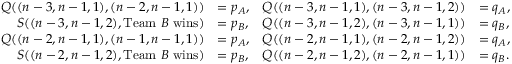
\begin{array} { r l r l } { Q ( ( n - 3 , n - 1 , 1 ) , ( n - 2 , n - 1 , 1 ) ) } & { = p _ { A } , } & { Q ( ( n - 3 , n - 1 , 1 ) , ( n - 3 , n - 1 , 2 ) ) } & { = q _ { A } , } \\ { S ( ( n - 3 , n - 1 , 2 ) , \mathrm { T e a m ~ } B \mathrm { ~ w i n s } ) } & { = p _ { B } , } & { Q ( ( n - 3 , n - 1 , 2 ) , ( n - 3 , n - 1 , 1 ) ) } & { = q _ { B } , } \\ { Q ( ( n - 2 , n - 1 , 1 ) , ( n - 1 , n - 1 , 1 ) ) } & { = p _ { A } , } & { Q ( ( n - 2 , n - 1 , 1 ) , ( n - 2 , n - 1 , 2 ) ) } & { = q _ { A } , } \\ { S ( ( n - 2 , n - 1 , 2 ) , \mathrm { T e a m ~ } B \mathrm { ~ w i n s } ) } & { = p _ { B } , } & { Q ( ( n - 2 , n - 1 , 2 ) , ( n - 2 , n - 1 , 1 ) ) } & { = q _ { B } . } \end{array}